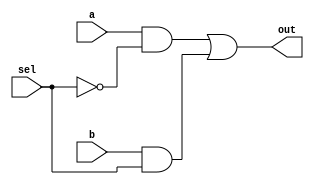
//Design:
module mux_2x1(out,sel,a,b);
input a,b,sel;
output out;
wire w1,w2,w3;
not(w1,sel);
and(w2,a,w1);
and(w3,b,sel);
or(out,w2,w3);
endmodule
//Test Bench:
module mux_2x1_tb();
//variables
reg a,b,sel;
wire out;
//to instantiate
mux_2x1 m1(out,sel,a,b);
initial
begin
$monitor($time," SEL=%b A=%b B=%b OUT=%b",sel,a,b,out);
end
initial
begin
	sel=1'b0; a=1'b0; b=1'b0;
	#5 
	sel=1'b1; a=1'b0; b=1'b1;
	#5
        sel=1'b0; a=1'b1; b=1'b0;
	#5 
	sel=1'b1; a=1'b1; b=1'b1;
end
initial
begin
$dumpfile("mux_2x1.dump");
$dumpvars(0,mux_2x1_tb);
end
endmodule